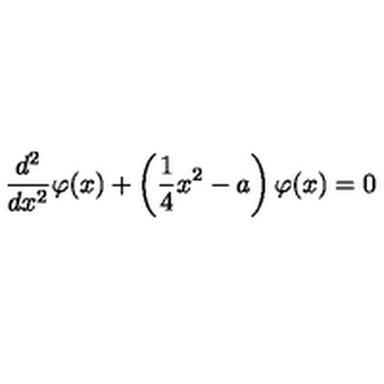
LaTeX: \frac { d ^ { 2 } } { d x ^ { 2 } } \varphi ( x ) + \left( \frac { 1 } { 4 } x ^ { 2 } - a \right) \varphi ( x ) = 0